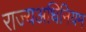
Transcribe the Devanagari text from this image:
राज्यअधिनियम